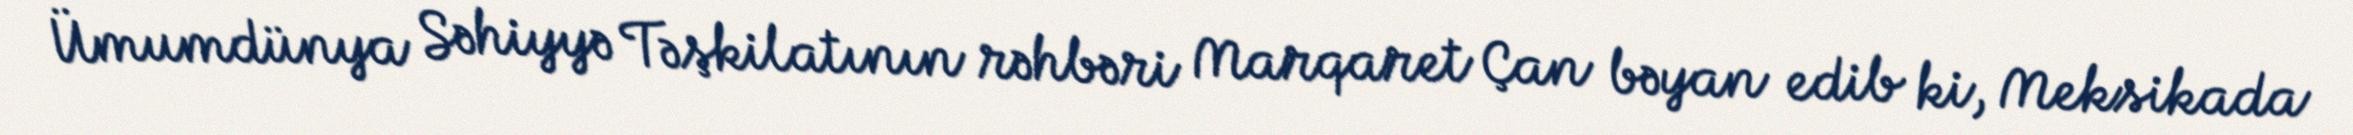
Ümumdünya Səhiyyə Təşkilatının rəhbəri Marqaret Çan bəyan edib ki, Meksikada